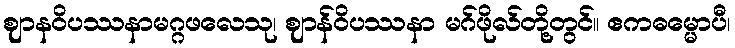
ဈာနဝိပဿနာမဂ္ဂဖလေသု၊ ဈာန်ဝိပဿနာ မဂ်ဖိုလ်တို့တွင်။ ဧကဓမ္မောပီ၊